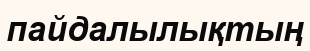
пайдалылықтың